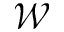
\mathcal { W }